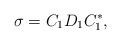
LaTeX: \begin{align*} \sigma = C_{1}D_{1}C_{1}^{*},\end{align*}